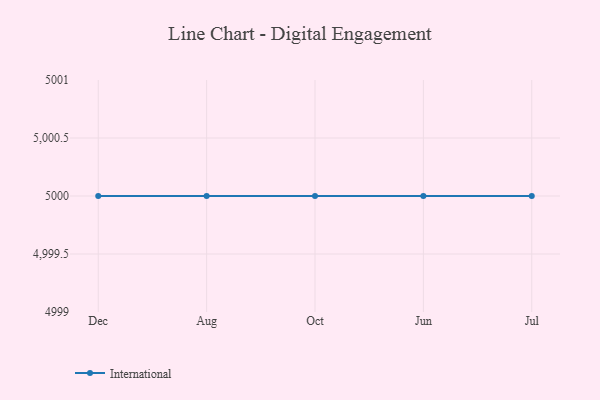
{"axis": {"x": "Month", "y": "Headcount"}, "legend": ["International"], "data": [{"x": "Dec", "y": 5000, "type": "International"}, {"x": "Aug", "y": 5000, "type": "International"}, {"x": "Oct", "y": 5000, "type": "International"}, {"x": "Jun", "y": 5000, "type": "International"}, {"x": "Jul", "y": 5000, "type": "International"}]}